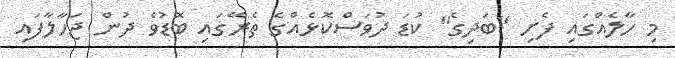
މި ހާލެއްގައި ފެށި "ބަދިގެ" ކުޑަ ދުވަސްކޮޅެއްގެ ތެރޭގައި ބޮޑުވެ ދުން ޖަހާލާފައި